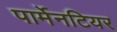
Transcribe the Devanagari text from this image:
पार्मेनटियर